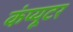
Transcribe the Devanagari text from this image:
कंंप्यूटर